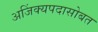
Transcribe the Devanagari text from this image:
अजिंक्यपदासोबत